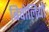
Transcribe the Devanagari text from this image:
बिचोलियों